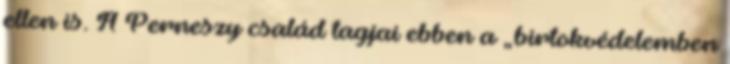
ellen is. A Perneszy család tagjai ebben a „birtokvédelemben